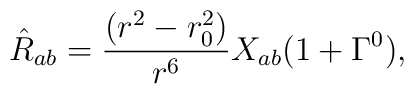
\hat R_{ab} = \frac{(r^2- r_0^2 )}{r^6} X_{ab} (1+\Gamma^0),